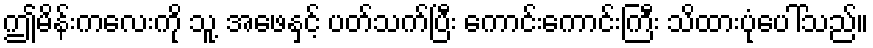
ဤမိန်းကလေးကို သူ့ အဖေနှင့် ပတ်သက်ပြီး ကောင်းကောင်းကြီး သိထားပုံပေါ်သည်။